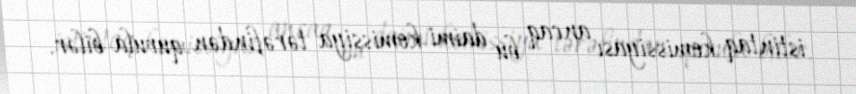
istintaq komissiyası ancaq bu daimi komissiya tərəfindən qurula bilər.